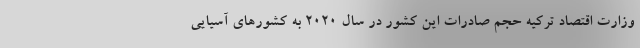
وزارت اقتصاد ترکیه حجم صادرات این کشور در سال ۲۰۲۰ به کشورهای آسیایی